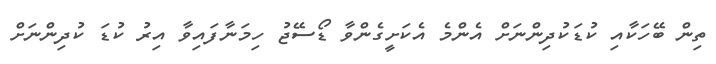
ތިން ބޭހަކާއި ކުޑަކުދިންނަށް އެންމެ އެކަށީގެންވާ ޑޯސޭޖު ހިމަނާފައިވާ އިރު ކުޑަ ކުދިންނަށް